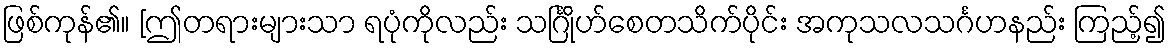
ဖြစ်ကုန်၏။ [ဤတရားများသာ ရပုံကိုလည်း သင်္ဂြိုဟ်စေတသိက်ပိုင်း အကုသလသင်္ဂဟနည်း ကြည့်၍